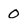
Character: 0